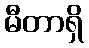
မီတာရှိ